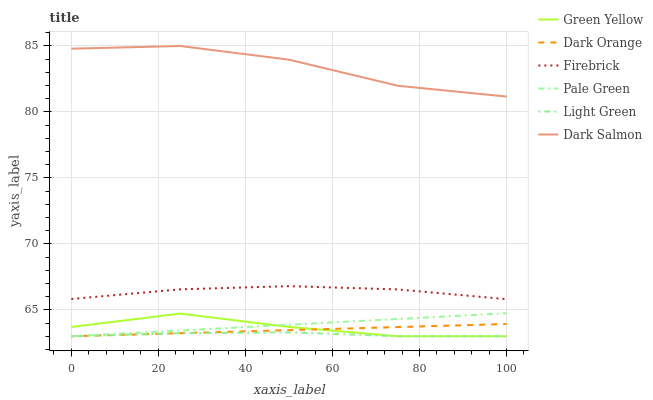
| xaxis_label | Green Yellow | Dark Orange | Firebrick | Pale Green | Light Green | Dark Salmon |
 | --- | --- | --- | --- | --- | --- | --- |
 | 0 | 63.7 | 63 | 65.8 | 63 | 63 | 84.8 |
 | 25 | 64.7 | 63.2 | 66.6 | 63.4 | 63.2 | 85 |
 | 50 | 63.7 | 63.5 | 66.8 | 63.9 | 63.3 | 84 |
 | 75 | 63 | 63.7 | 66.5 | 64.3 | 63 | 82 |
 | 100 | 63 | 63.9 | 65.8 | 64.7 | 63 | 81.2 |